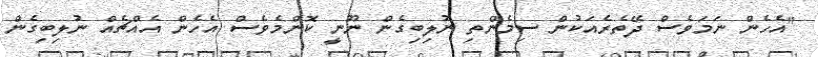
"އެހެން ނަމަވެސް ދޭތެރެއަކުން ސިމެންތި ނުލިބިގެން ނޫނީ ކޮންމެވެސް އެހެން އެއްޗެއް ނުލިބިގެން